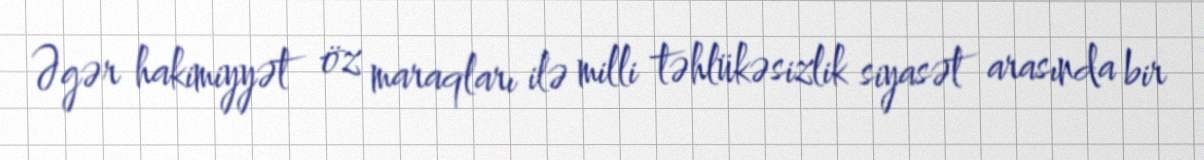
Əgər hakimiyyət öz maraqları ilə milli təhlükəsizlik siyasət arasında bir